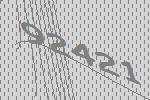
92421